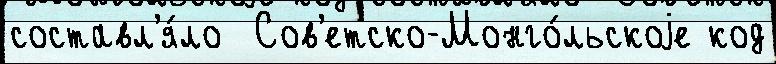
составл'я́ло  Сов'етско-Монго́льскоjе код